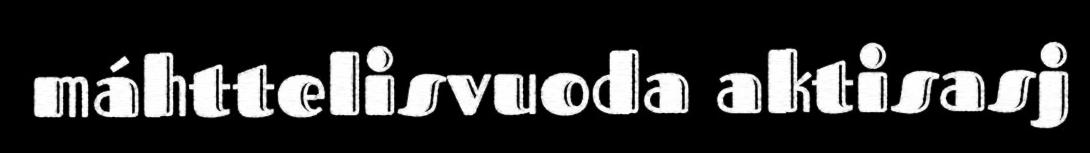
máhttelisvuoda aktisasj